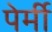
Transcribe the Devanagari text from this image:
पेर्मी